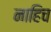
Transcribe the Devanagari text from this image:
नाहिच